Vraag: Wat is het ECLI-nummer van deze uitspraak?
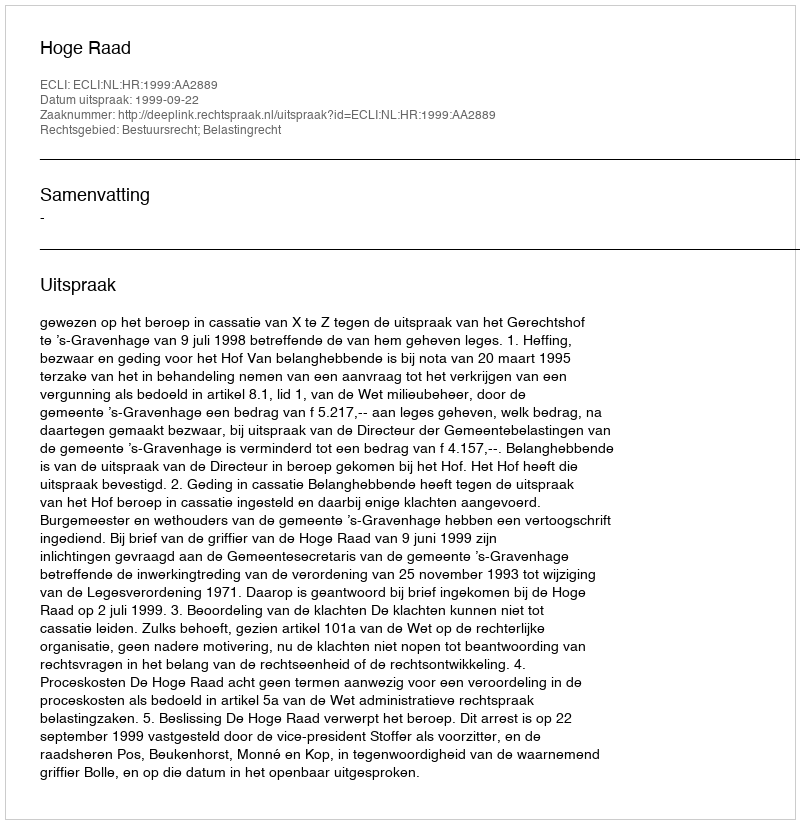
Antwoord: ECLI:NL:HR:1999:AA2889